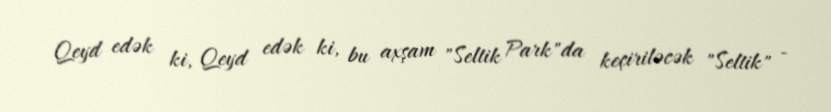
Qeyd edək ki, Qeyd edək ki, bu axşam "Seltik Park"da keçiriləcək "Seltik" -